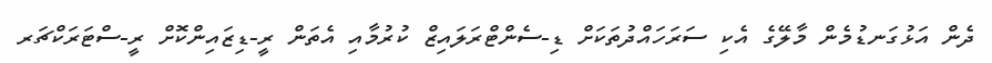
ދެން އަޅުގަނޑުމެން މާލޭގެ އެކި ސަރަހައްދުތަކަށް ޑި-ސެންޓްރަލައިޒް ކުރުމާއި އެތަން ރީ-ޑިޒައިންކޮށް ރީ-ސްޓަރަކްޗަރ